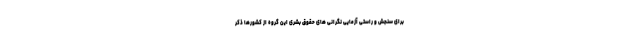
برای سنجش و راستی آزمایی نگرانی های حقوق بشری این گروه از کشورها ذکر